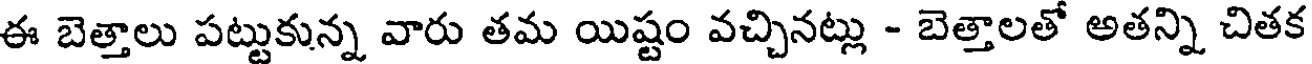
ఈ బెత్తాలు పట్టుకున్న వారు తమ యిష్టం వచ్చినట్లు - బెత్తాలతో అతన్ని చితక